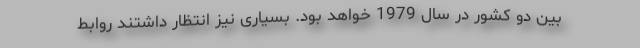
بین دو کشور در سال 1979 خواهد بود. بسیاری نیز انتظار داشتند روابط